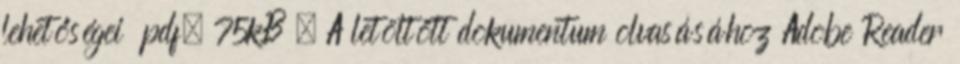
lehetőségei pdf, 75kB . A letöltött dokumentum olvasásához Adobe Reader